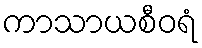
ကာသာယစီဝရံ